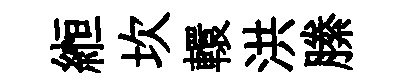
縆坎轘洪縢